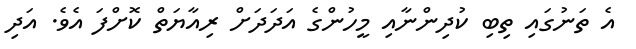
އެ ތަނުގައި ތިބި ކުދިންނާއި މީހުންގެ އަދަދަށް ރިއާޔަތް ކޮށްފަ އެވެ. އަދި